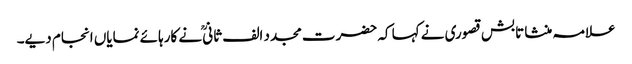
علامہ منشا تابش قصوری نے کہا کہ حضرت مجدد الف ثانیؒ نے کارہائے نمایاں انجام دیے۔